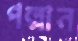
পল্লান